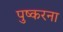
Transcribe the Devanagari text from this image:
पुष्करना